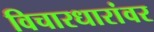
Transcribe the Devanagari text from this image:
विचारधारांवर